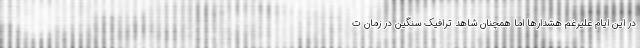
در این ایام علیرغم هشدارها اما همچنان شاهد ترافیک سنگین در زمان ت